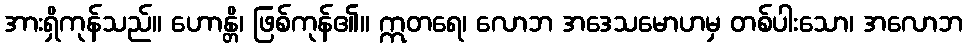
အားရှိကုန်သည်။ ဟောန္တိ၊ ဖြစ်ကုန်၏။ ဣတရေ၊ လောဘ အဒေသမောဟမှ တစ်ပါးသော၊ အလောဘ